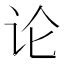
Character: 论